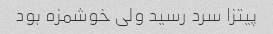
پیتزا سرد رسید ولی خوشمزه بود